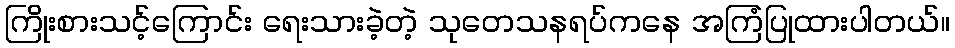
ကြိုးစားသင့်ကြောင်း ရေးသားခဲ့တဲ့ သုတေသနရပ်ကနေ အကြံပြုထားပါတယ်။